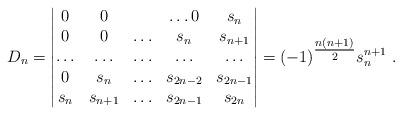
LaTeX: \begin{align*} D_{n} =\begin{vmatrix} 0 & 0 & & \ldots 0 & s_{n} \\ 0 & 0 & \ldots & s_{n}& s_{n+1} \\ \ldots & \ldots & \ldots & \ldots & \ldots \\ 0 & s_{n}& \ldots & s_{2n-2}& s_{2n-1} \\ s_{n} & s_{n+1}& \ldots & s_{2n-1}& s_{2n} \\ \end{vmatrix} = (-1)^{\tfrac{n (n+1)}{2}} s_{n}^{n+1} \ .\end{align*}